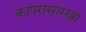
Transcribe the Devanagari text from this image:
कापरासारखा